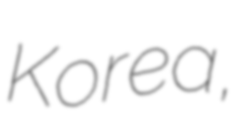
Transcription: Korea,